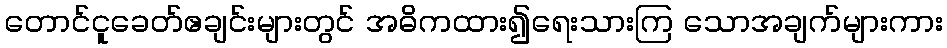
တောင်ငူခေတ်ဧချင်းများတွင် အဓိကထား၍ရေးသားကြ သောအချက်များကား